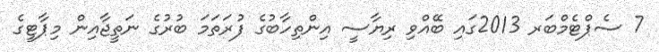
7 ސެޕްޓެމްބަރ 2013ގައި ބޭއްވި ރިޔާސީ އިންތިހާބުގެ ފުރަތަމަ ބުރުގެ ނަތީޖާއިން މިޕާޓީގެ